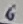
Text: 6